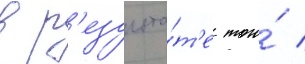
в р'езульта́т'е того́ /